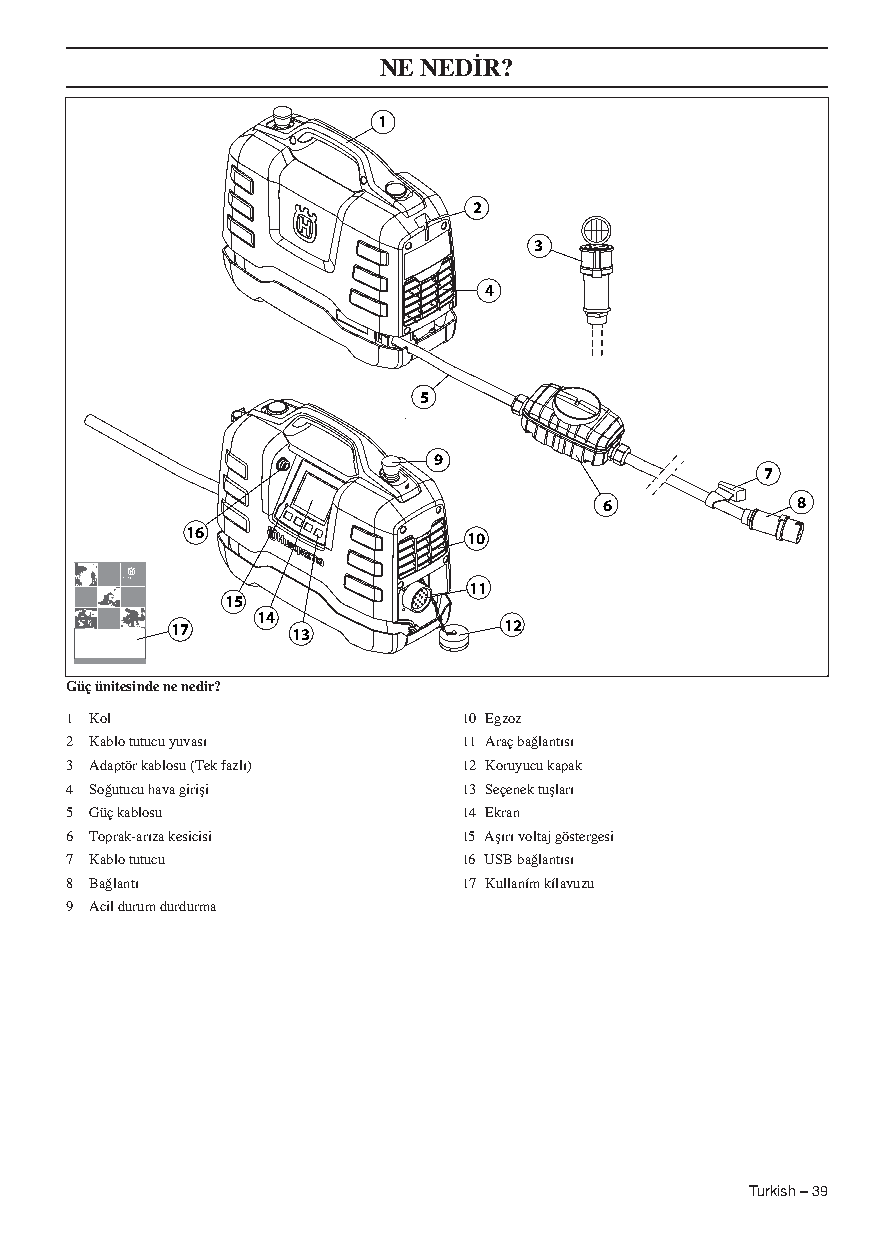
NE NED‹R?
 1
 2
 3
 4
 5
 9
 7
 6            8
 16                 10
 11
 15
 14
 17      13            12
 Güç ünitesinde ne nedir?
 1 Kol                      10 Egzoz
 2 Kablo tutucu yuvası      11 Araç ba¤lantısı
 3 Adaptör kablosu (Tek fazlı) 12 Koruyucu kapak
 4 So¤utucu hava girifli    13 Seçenek tuflları
 5 Güç kablosu              14 Ekran
 6 Toprak-arıza kesicisi    15 Aflırı voltaj göstergesi
 7 Kablo tutucu             16 USB ba¤lantısı
 8 Ba¤lantı                 17 Kullaním kílavuzu
 9 Acil durum durdurma
 Turkish – 39